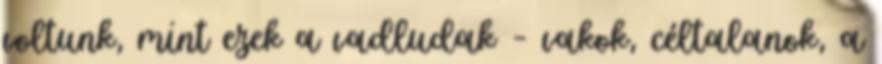
voltunk, mint ezek a vadludak – vakok, céltalanok, a